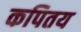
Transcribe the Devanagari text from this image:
कपितय